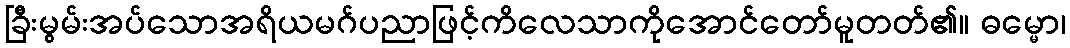
ခြီးမွမ်းအပ်သောအရိယမဂ်ပညာဖြင့်ကိလေသာကိုအောင်တော်မူတတ်၏။ ဓမ္မော၊